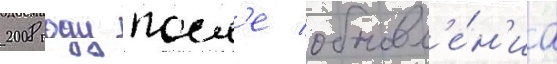
2008 году посл'е обновл'е́н'иа